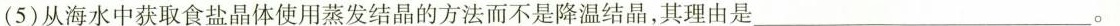
(5)从海水中获取食盐晶体使用蒸发结晶的方法而不是降温结晶，其理由是___。